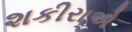
શકીરાએ